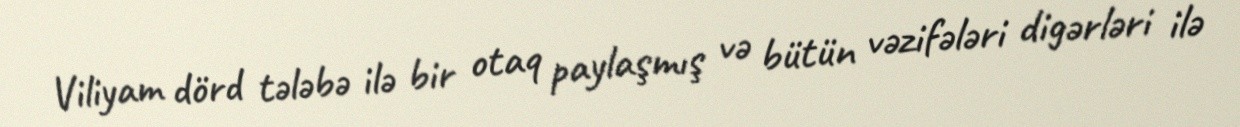
Viliyam dörd tələbə ilə bir otaq paylaşmış və bütün vəzifələri digərləri ilə